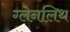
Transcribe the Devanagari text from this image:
ग्लेनलिथ